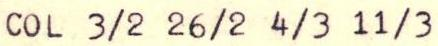
COL 3/2 26/2 4/3 11/3